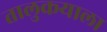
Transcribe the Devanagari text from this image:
तालुकयाला